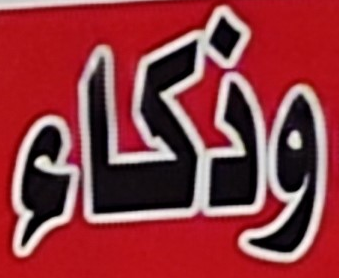
وذكاء